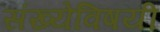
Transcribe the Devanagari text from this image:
संख्येविषयी